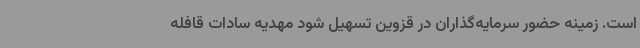
است. زمینه حضور سرمایه‌گذاران در قزوین تسهیل شود مهدیه سادات قافله